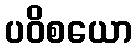
ပဝိစယော